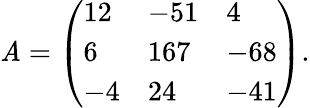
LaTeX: \mathit{A}={\left(\begin{array}{lll}{12}&{-51}&{4}\\ {6}&{167}&{-68}\\ {-4}&{24}&{-41}\end{array}\right)}.